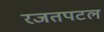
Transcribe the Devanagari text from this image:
रजतपटल